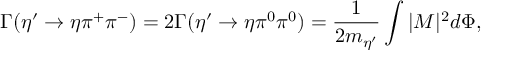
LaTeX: \Gamma ( \eta ^ { \prime } \rightarrow \eta \pi ^ { + } \pi ^ { - } ) = 2 \Gamma ( \eta ^ { \prime } \rightarrow \eta \pi ^ { 0 } \pi ^ { 0 } ) = { \frac { 1 } { 2 m _ { \eta ^ { \prime } } } } \int | M | ^ { 2 } d \Phi ,